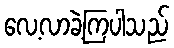
လေ့လာခဲ့ကြပါသည်